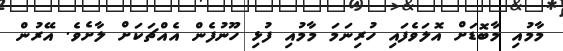
މާމުއި މާބޮޑަށް އޮލަވެފައި ހުރިނަމަ މާމުއި ފުޅި ހޫނުފެން އެއްޗަކަށް ލާށެވެ. އޭރުން